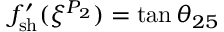
f _ { \mathrm { { s h } } } ^ { \prime } ( \xi ^ { P _ { 2 } } ) = \tan \theta _ { 2 5 }